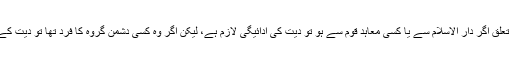
چنانچہ کہا گیا ہے کہ مقتول مسلمان کا تعلق اگر دار الاسلام سے یا کسی معاہد قوم سے ہو تو دیت کی ادائیگی لازم ہے، لیکن اگر وہ کسی دشمن گروہ کا فرد تھا تو دیت کے بجاے صرف کفارہ ادا کرنا کافی ہوگا۔